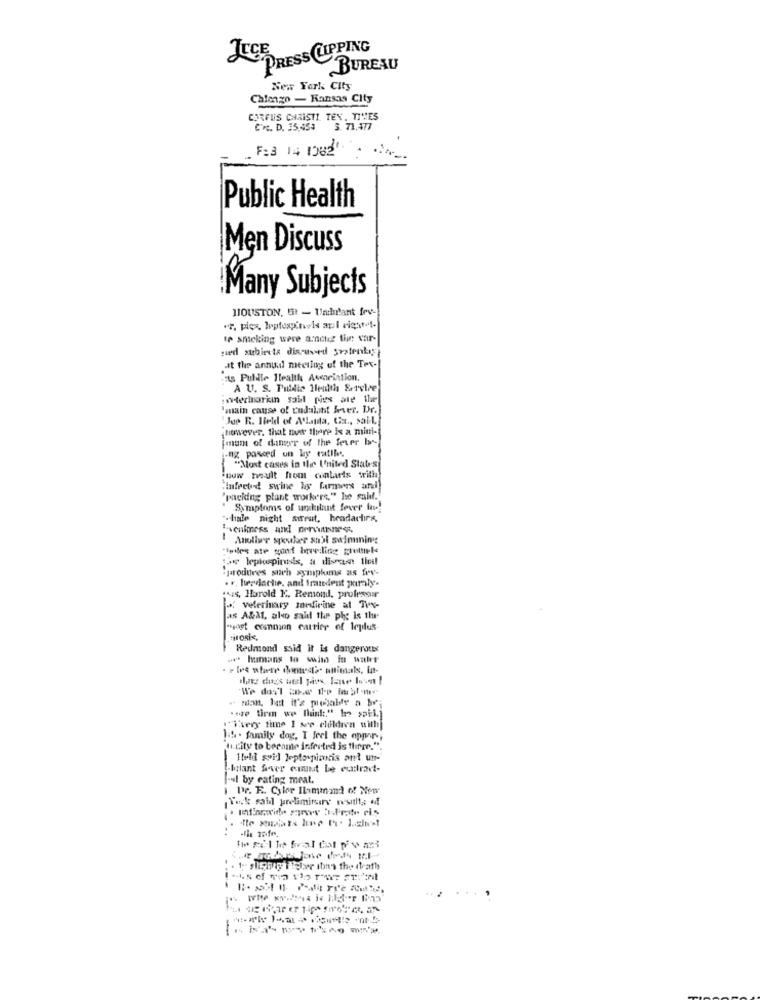
JUCE
PRESS CLIPPING
BUREAU
New York City
Chicago - Kansas City
CORFUIS CHRISTI TEX. TIVES
CrC. D. 35,45: 5. 71,477
F:3 14 1082
Public Health
Men Discuss
.Many Subjects
HOUSTON, 51 - Unchlant fry-
ot, plex leptospinal apl right-
ip smoking were aunchez the var-
qued subjects discuved sostenty
at the annual meeting of the Tex-
its Pulille Stealth Avenciation.
A U. S. Puidie Health Service
interiorian said pics are the
"main cause of cudalatt lover. Dr.
titwvever. that nuit there is a mini-
[man of danger of the fever bo-
ng pasced un ky catlhes.
"Most cases in the I'nited Stabs
new heult hom contacts writh
Infected swine le farmers and
"packing plant workers," he said."
Symptoms of urchilant fever in!
.- hale night sweat, headaches,
1
Anoliver spouker shil salminingg
todes ate good beveiling grottele
"parodiees such symiplums as fev-
. ., lurdiache. and fraudent paraly.
tus, Harold K. Remond, professur
* veterinary medicine al Tex-
as A&M, alo said the phe Is the-
"vost cranmion cutrice of leplus-
titosix,
Redmond said it is dangerous
. humans to wwim in walt
""i'very time I see cloldren with
1.4 . family dog, I feel the appar -,
"incity to become infected is there.".
L-blant fever emust be euattract-
Il by eating meat.
i Dr. R. Cylor Ilammand of New
Vask sald preliminary nositlia of